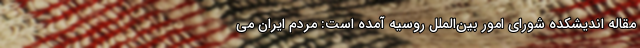
مقاله اندیشکده شورای امور بین‌الملل روسیه آمده است: مردم ایران می